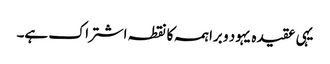
یہی عقیدہ یہود و براہمہ کا نقطہ اشتراک ہے۔